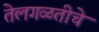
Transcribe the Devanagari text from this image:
तेलगळतीचे